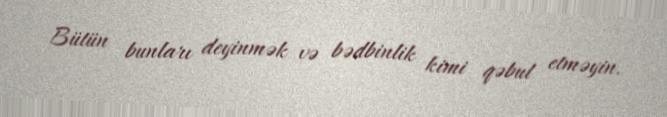
Bütün bunları deyinmək və bədbinlik kimi qəbul etməyin.